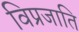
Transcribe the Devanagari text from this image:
विप्रजाति